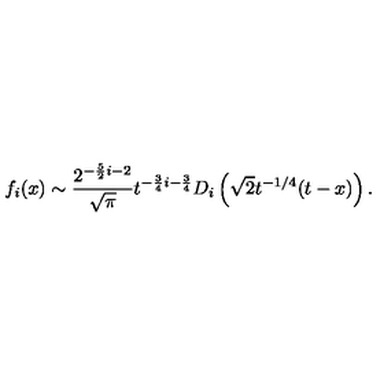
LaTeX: f _ { i } ( x ) \sim { \frac { 2 ^ { - { \frac { 5 } { 2 } } i - 2 } } { \sqrt \pi } } t ^ { - { \frac { 3 } { 4 } } i - { \frac { 3 } { 4 } } } D _ { i } \left( \sqrt { 2 } t ^ { - 1 / 4 } ( t - x ) \right) .